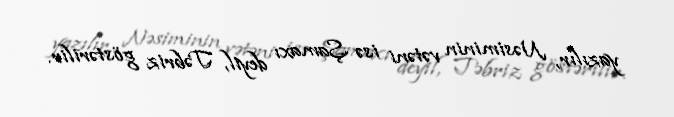
yazılır, Nəsiminin vətəni isə Şamaxı deyil, Təbriz göstərilir.